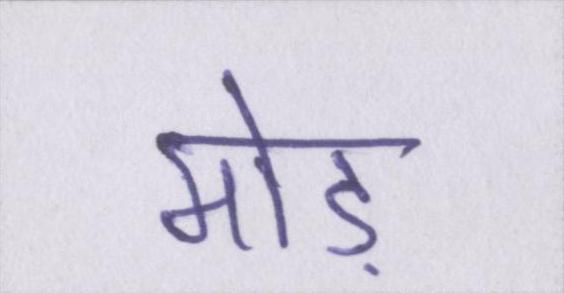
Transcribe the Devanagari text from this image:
मोड़